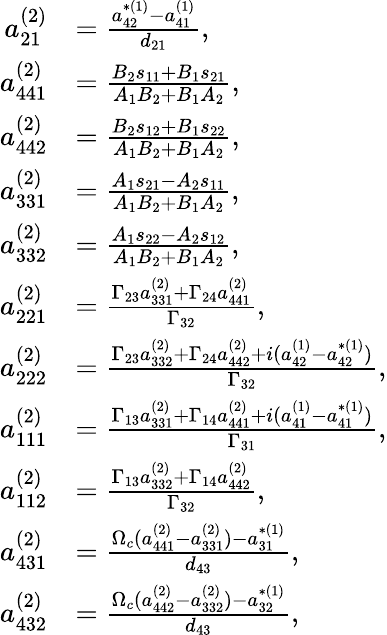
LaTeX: \begin{array}{rl}{a_{21}^{(2)}}&{=\frac{a_{42}^{\ast(1)}-a_{41}^{(1)}}{d_{21}},}\\ {a_{441}^{(2)}}&{=\frac{B_{2}s_{11}+B_{1}s_{21}}{A_{1}B_{2}+B_{1}A_{2}},}\\ {a_{442}^{(2)}}&{=\frac{B_{2}s_{12}+B_{1}s_{22}}{A_{1}B_{2}+B_{1}A_{2}},}\\ {a_{331}^{(2)}}&{=\frac{A_{1}s_{21}-A_{2}s_{11}}{A_{1}B_{2}+B_{1}A_{2}},}\\ {a_{332}^{(2)}}&{=\frac{A_{1}s_{22}-A_{2}s_{12}}{A_{1}B_{2}+B_{1}A_{2}},}\\ {a_{221}^{(2)}}&{=\frac{\Gamma_{23}a_{331}^{(2)}+\Gamma_{24}a_{441}^{(2)}}{\Gamma_{32}},}\\ {a_{222}^{(2)}}&{=\frac{\Gamma_{23}a_{332}^{(2)}+\Gamma_{24}a_{442}^{(2)}+i(a_{42}^{(1)}-a_{42}^{\ast(1)})}{\Gamma_{32}},}\\ {a_{111}^{(2)}}&{=\frac{\Gamma_{13}a_{331}^{(2)}+\Gamma_{14}a_{441}^{(2)}+i(a_{41}^{(1)}-a_{41}^{\ast(1)})}{\Gamma_{31}},}\\ {a_{112}^{(2)}}&{=\frac{\Gamma_{13}a_{332}^{(2)}+\Gamma_{14}a_{442}^{(2)}}{\Gamma_{32}},}\\ {a_{431}^{(2)}}&{=\frac{\Omega_{c}(a_{441}^{(2)}-a_{331}^{(2)})-a_{31}^{\ast(1)}}{d_{43}},}\\ {a_{432}^{(2)}}&{=\frac{\Omega_{c}(a_{442}^{(2)}-a_{332}^{(2)})-a_{32}^{\ast(1)}}{d_{43}},}\end{array}